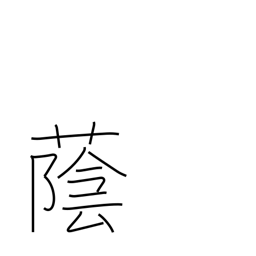
Meaning: shade